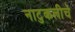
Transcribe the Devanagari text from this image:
नाटुकलीचे